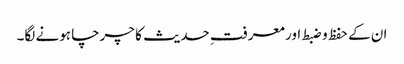
ان کے حفظ و ضبط اور معرفتِ حدیث کا چرچا ہونے لگا۔